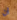
ان